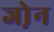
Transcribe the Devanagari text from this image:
जो़न